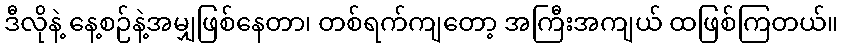
ဒီလိုနဲ့ နေ့စဉ်နဲ့အမျှဖြစ်နေတာ၊ တစ်ရက်ကျတော့ အကြီးအကျယ် ထဖြစ်ကြတယ်။